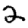
Digit: 2